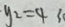
y _ { 2 } = 4